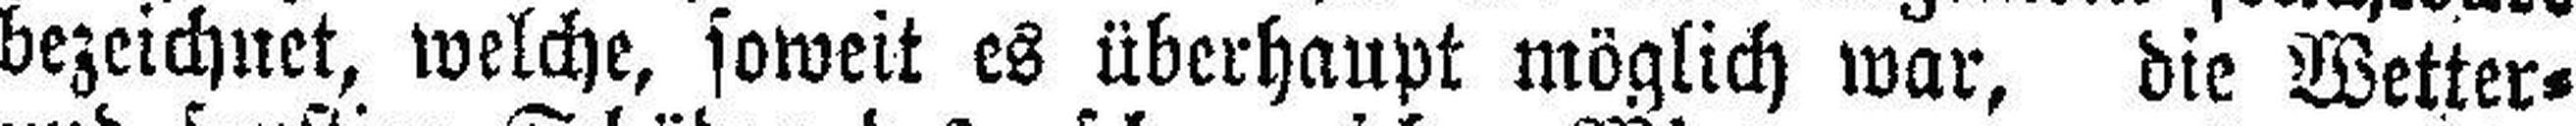
bezeichnet, welche, soweit es überhaupt möglich war, die Wetter¬